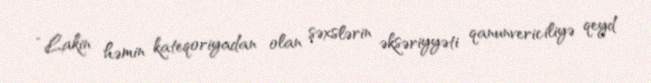
“Lakin həmin kateqoriyadan olan şəxslərin əksəriyyəti qanunvericiliyə qeyd